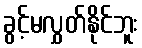
ခွင့်မလွှတ်နိုင်ဘူး